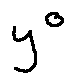
y o